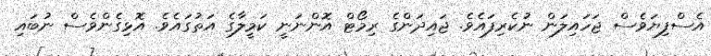
އެސްފިޔަވެސް ޖަހައިލަން ނުކެރިފައެވެ. ޖައިދަންގެ ރިމޯޓް އޮންނަނީ ކަމީލާގެ އަތުގައެވެ. އޮޅިގެންވެސް ނުބައި